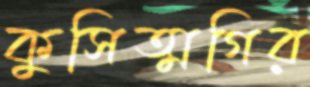
কুসিত্মগির